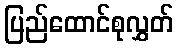
ပြည်ထောင်စုလွှတ်